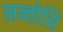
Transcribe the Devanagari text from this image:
सन्तोशि